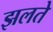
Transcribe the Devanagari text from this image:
झलते